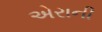
એરાની